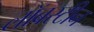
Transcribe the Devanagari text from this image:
लॉबस्टीन